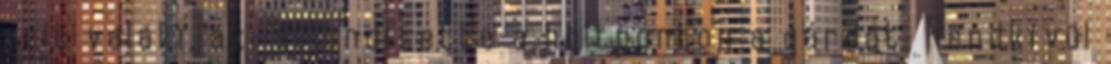
volt valaki, aki átlendítette a holtponton a gárdát. Rendkívül